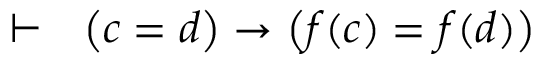
\vdash \ \ \left( c = d \right) \rightarrow \left( f ( c ) = f ( d ) \right)